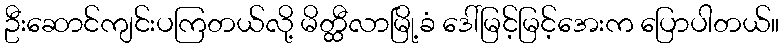
ဦးဆောင်ကျင်းပကြတယ်လို့ မိတ္ထီလာမြို့ခံ ဒေါ်မြင့်မြင့်အေးက ပြောပါတယ်။